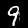
Digit: 9